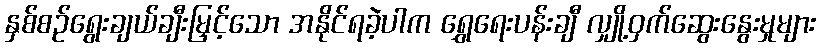
နှစ်စဉ်ရွေးချယ်ချီးမြှင့်သော အနိုင်ရခဲ့ပါက ရွှေရေးပန်းချီ လျှို့ဝှက်ဆွေးနွေးမှုများ